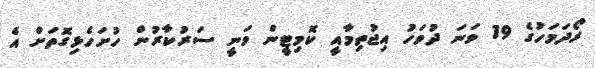
ރޯދަމަހުގެ 19 ވަނަ ދުވަހު އިޖުތިމާއީ ކޮމިޓީން ވަނީ ސަރުކާރުން ހުށަހެޅިގޮތަށް އެ